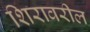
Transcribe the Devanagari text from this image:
शिरावरील